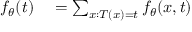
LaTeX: \begin{array} { r l } { f _ { \theta } ( t ) } & { { } = \sum _ { x : T ( x ) = t } f _ { \theta } ( x , t ) } \end{array}